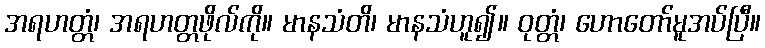
အရဟတ္တံ၊ အရဟတ္တဖိုလ်ကို။ မာနသံတိ၊ မာနသံဟူ၍။ ဝုတ္တံ၊ ဟောတော်မူအပ်ပြီ။